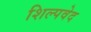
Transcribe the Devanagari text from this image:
शिल्पवेद